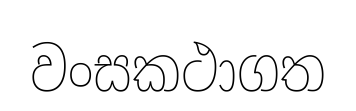
වංසකථාගත